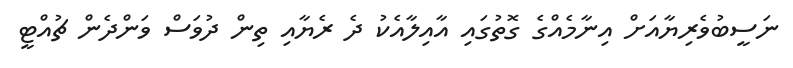
ނަސީބުވެރިޔާއަށް އިނާމެއްގެ ގޮތުގައި އާއިލާއެކު ދެ ރެޔާއި ތިން ދުވަސް ވަންދެން ޗުއްޓީ